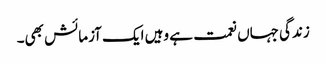
زندگی جہاں نعمت ہے وہیں ایک آزمائش بھی۔